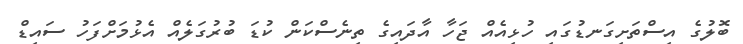
ބޮލުގެ އިސްތަށިގަނޑުގައި ހުޅިއެއް ޖަހާ އާދައިގެ ތިނެސްކަން ކުޑަ ބުރުގަލެއް އެޅުމަށްފަހު ސައިޑް